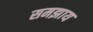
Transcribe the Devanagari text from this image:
समझाय